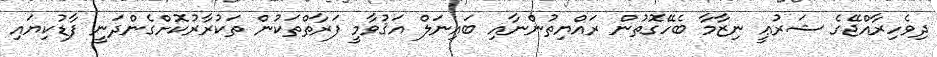
ދިވެހިރާއްޖޭގެ ޝަރުޢީ ނިޒާމާ ބެހޭގޮތުން ރައްޔިތުންނާއި ބައިނަލް އަޤުވާމީ ފަރާތްތަކުން ތަކުރާރުކޮށްގެންދަނީ ފާޑުކިޔައި